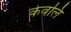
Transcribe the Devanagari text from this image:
केवलि